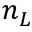
n _ { L }